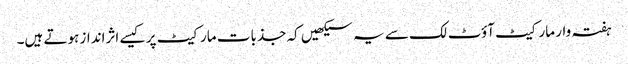
ہفتہ وار مارکیٹ آؤٹ لک سے یہ سیکھیں کہ جذبات مارکیٹ پر کیسے اثرانداز ہوتے ہیں۔